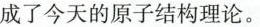
成了今天的原子结构理论。